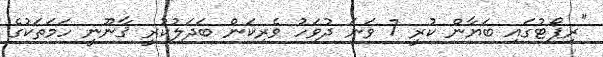
"ރިޕޯޓުގައި ބަޔާން ކުރީ 7 ވަނަ ދުވަހު ވެރިކަން ބަދަލުކުރީ ޤާނޫނީ ހަމަތަކުގެ